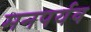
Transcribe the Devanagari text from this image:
मनपर्यव